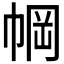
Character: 𫷆